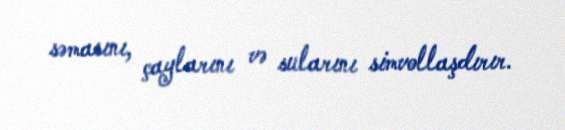
səmasını, çaylarını və sularını simvollaşdırır.